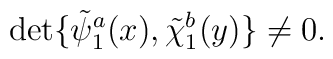
\det \{\tilde{\psi}_1^a(x),\tilde{\chi}_1^b(y)\}\neq 0.